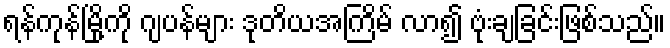
ရန်ကုန်မြို့ကို ဂျပန်များ ဒုတိယအကြိမ် လာ၍ ဗုံးချခြင်းဖြစ်သည်။